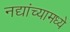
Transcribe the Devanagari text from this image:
नद्यांच्यामध्ये